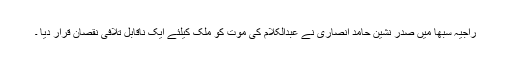
راجیہ سبھا میں صدر نشین حامد انصاری نے عبدالکلام کی موت کو ملک کیلئے ایک ناقابل تلافی نقصان قرار دیا ۔